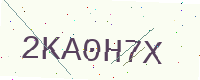
Text: 2KA0H7X